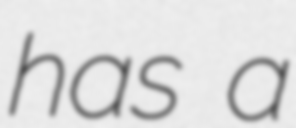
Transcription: has a